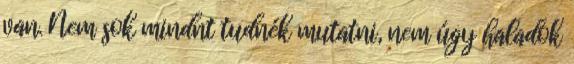
van. Nem sok mindnt tudnék mutatni, nem úgy haladok